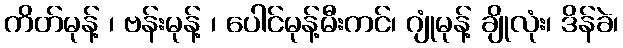
ကိတ်မုန့် ၊ ဗန်းမုန့် ၊ ပေါင်မုန့်မီးကင်၊ ဂျုံမုန့် ချိုလုံး၊ ဒိန်ခဲ၊